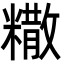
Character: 糤